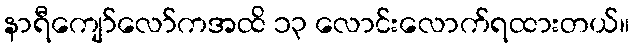
နာရီကျော်လော်ကအထိ ၁၃ လောင်းလောက်ရထားတယ်။